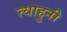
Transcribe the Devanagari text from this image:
त्याहुनी